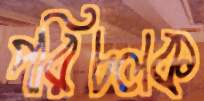
পরিচলক